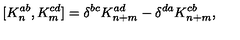
[ K _ { n } ^ { a b } , K _ { m } ^ { c d } ] = \delta ^ { b c } K _ { n + m } ^ { a d } - \delta ^ { d a } K _ { n + m } ^ { c b } ,